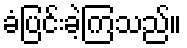
ခံပြင်းခဲ့ကြသည်။